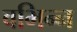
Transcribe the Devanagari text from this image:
वभिन्न